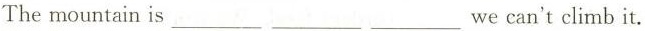
The mountain is ___ ___ ___ we can't climb it.